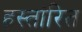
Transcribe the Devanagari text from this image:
हस्तांरित